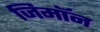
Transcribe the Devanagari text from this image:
जिमाॅन